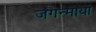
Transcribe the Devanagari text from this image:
जगन्माया